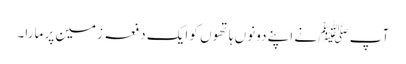
آپ ﷺ نے اپنے دونوں ہاتھوں کو ایک دفعہ زمین پر مارا۔